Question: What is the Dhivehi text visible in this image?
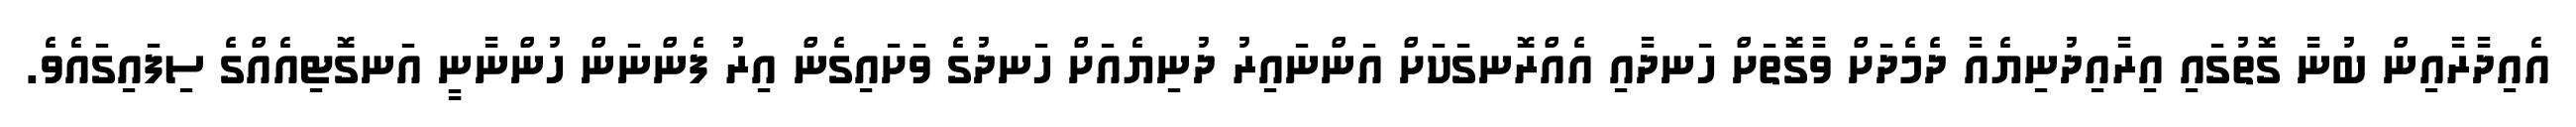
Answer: އެއިދާރާއިން ބުނާ ގޮތުގައި އިރާއިދުނިޔެއާ ދެމެދަށް ވާގޮތަށް ހަނދާއި އެއްރޮނގަކަށް އަންނައިރު ދުނިޔެއަށް ހަނދުގެ ވަށައިގެން އިރު ފެންނަން ހުންނާނީ އަނގޮޓިއެއްގެ ސިފައިގައެވެ.